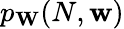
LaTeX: p_{\mathbf{W}}(N,\mathbf{w})